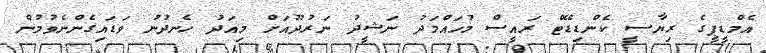
އެމްޑީޕީގެ ރިޔާސީ ކެންޑިޑޭޓް ރައީސް މުހައްމަދު ނަޝީދު ނަރުދޫއަށް މިއަދު ހެނދުނު ވަޑައިގެންނެވުމުން